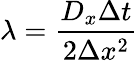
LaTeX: \lambda={\frac{D_{x}\Delta t}{2\Delta x^{2}}}